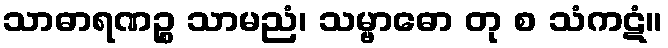
သာဓာရဏဉ္စ သာမညံ၊ သမ္ဗာဓော တု စ သံကဋံ။